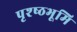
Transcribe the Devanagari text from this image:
पृश्ष्‍ठभूमि